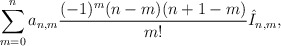
\begin{align*} \sum_{m=0}^na_{n,m}\frac{(-1)^m(n-m)(n+1-m)}{m!}\hat{I}_{n,m},\end{align*}